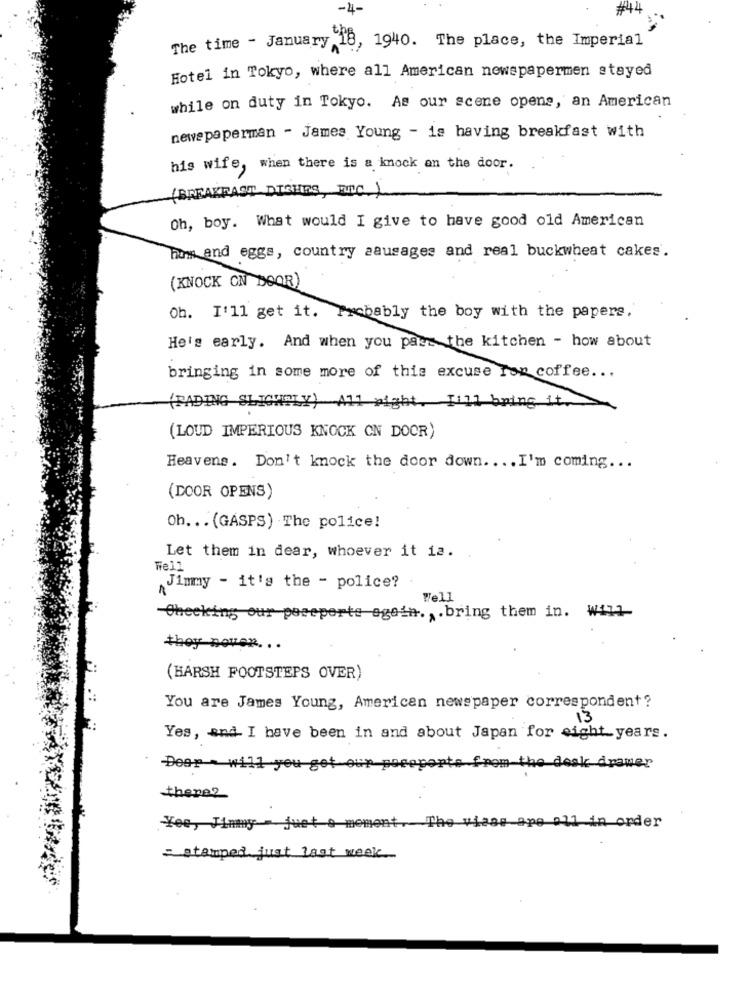
#4
The time - January 18, 1940. The place, the Imperial
Hotel in Tokyo, where all American newspapermen stayed
while on duty in Tokyo. As our scene opens, an American
newspaperman - James Young - is having breakfast with
his wife, when there is a knock an the door.
(BREAKFAST DISHES, ETC. ).
Oh, boy. What would I give to have good old American
Forms and eggs, country sausages and real buckwheat cakes.
(KNOCK ON DOOR)
Oh. I'll get it. Probably the boy with the papers.
He's early. And when you pass the kitchen - how about
bringing in some more of this excuse rop coffee ...
(FADING SLIGHTLY) All right. [i]] bring it>
(LOUD IMPERIOUS KNOCK ON DOOR)
Heavens. Don't knock the door down .... I'm coming ...
(DOOR OPENS)
Oh ... (GASPS) The police!
Let them in dear, whoever it ia.
Well
Jimmy - it's the - police?
Well
-Checking our poesperte egoin ., . bring them in. will
they never. ..
(HARSH FOOTSTEPS OVER)
You are James Young, American newspaper correspondent?
13
Yes, and I have been in and about Japan for eight years.
-Dear- will you get
from the desk drawer
there?
Yee, Jimmy -- juet e moment. The viaas ape 011 in order
= stamped just last week